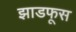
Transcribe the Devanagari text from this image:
झाडफूस